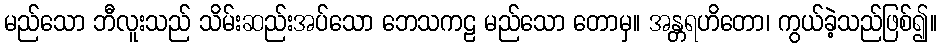
မည်သော ဘီလူးသည် သိမ်းဆည်းအပ်သော ဘေသကဠ မည်သော တောမှ။ အန္တရဟိတော၊ ကွယ်ခဲ့သည်ဖြစ်၍။